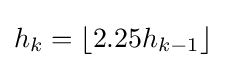
h_{k}=\lfloor 2.25h_{k-1}\rfloor